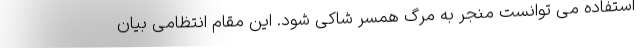
استفاده می توانست منجر به مرگ همسر شاکی شود. این مقام انتظامی بیان